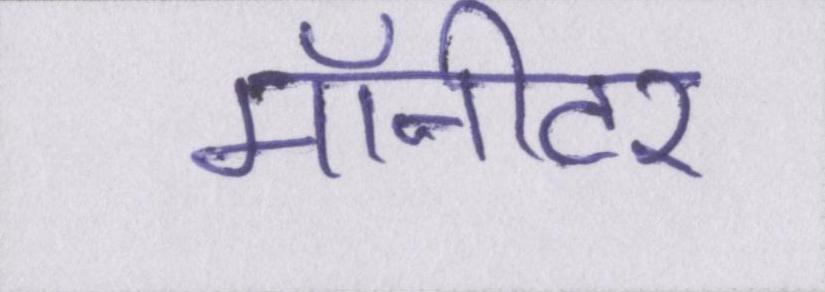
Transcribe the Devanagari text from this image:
मॉनीटर